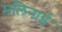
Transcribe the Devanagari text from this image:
मलिनाई